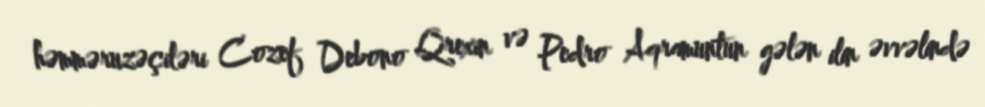
həmməruzəçiləri Cozef Debono Qrexin və Pedro Aqramuntun gələn ilin əvvəlində